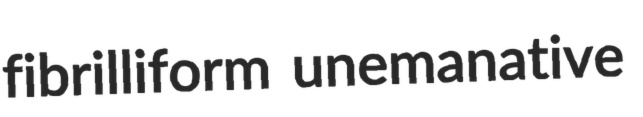
fibrilliform unemanative